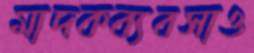
মাদকব্যবসাও